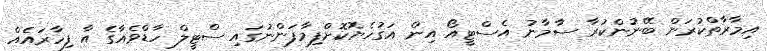
އިމާރާތްކުރަން ބޭނުންކުރާ ސާމާނު އެސްޓީއޯ އިން އަގުހެޔޮކޮށްފިމާފަންނުގައި ސްޓީލް ހާޑްވެއާގެ އާ ފިހާރައެއް